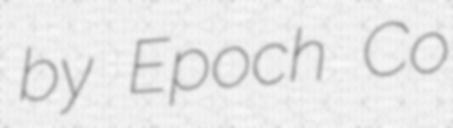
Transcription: by Epoch Co